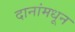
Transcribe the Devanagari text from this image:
दानांमधून